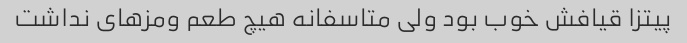
پیتزا قیافش خوب بود ولی متاسفانه هیچ طعم ومزهای نداشت